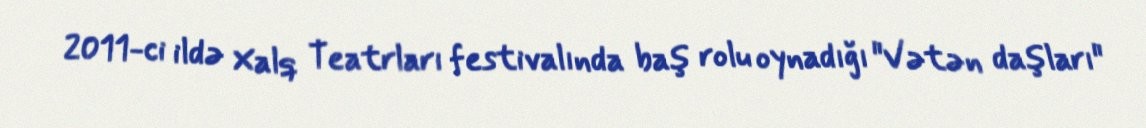
2011-ci ildə Xalq Teatrları festivalında baş rolu oynadığı "Vətən daşları"